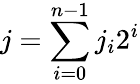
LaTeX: j=\sum_{i=0}^{n-1}j_{i}2^{i}